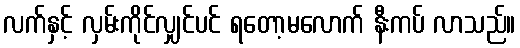
လက်နှင့် လှမ်းကိုင်လျှင်ပင် ရတော့မလောက် နီးကပ် လာသည်။